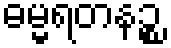
ဓမ္မရတနဉ္စ